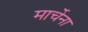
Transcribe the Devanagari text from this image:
मार्चेना